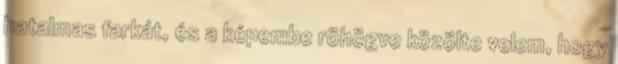
hatalmas farkát, és a képembe röhögve közölte velem, hogy